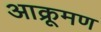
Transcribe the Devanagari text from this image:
आक्रूमण